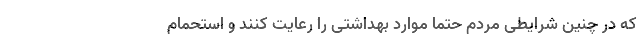
که در چنین شرایطی مردم حتما موارد بهداشتی را رعایت کنند و استحمام